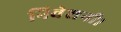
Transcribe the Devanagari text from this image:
निवेशनी।